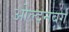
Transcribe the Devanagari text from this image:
ओल्दनबर्ग